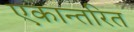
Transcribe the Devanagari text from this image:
एकान्तरित